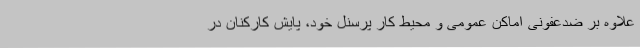
علاوه بر ضدعفونی اماکن عمومی و محیط کار پرسنل خود، پایش کارکنان در